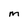
Character: m